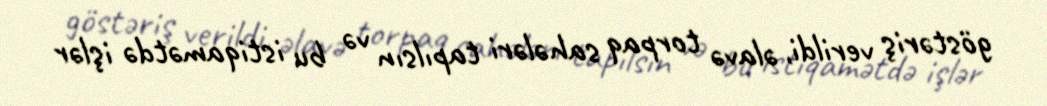
göstəriş verildi, əlavə torpaq sahələri tapılsın və bu istiqamətdə işlər